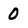
Character: 0